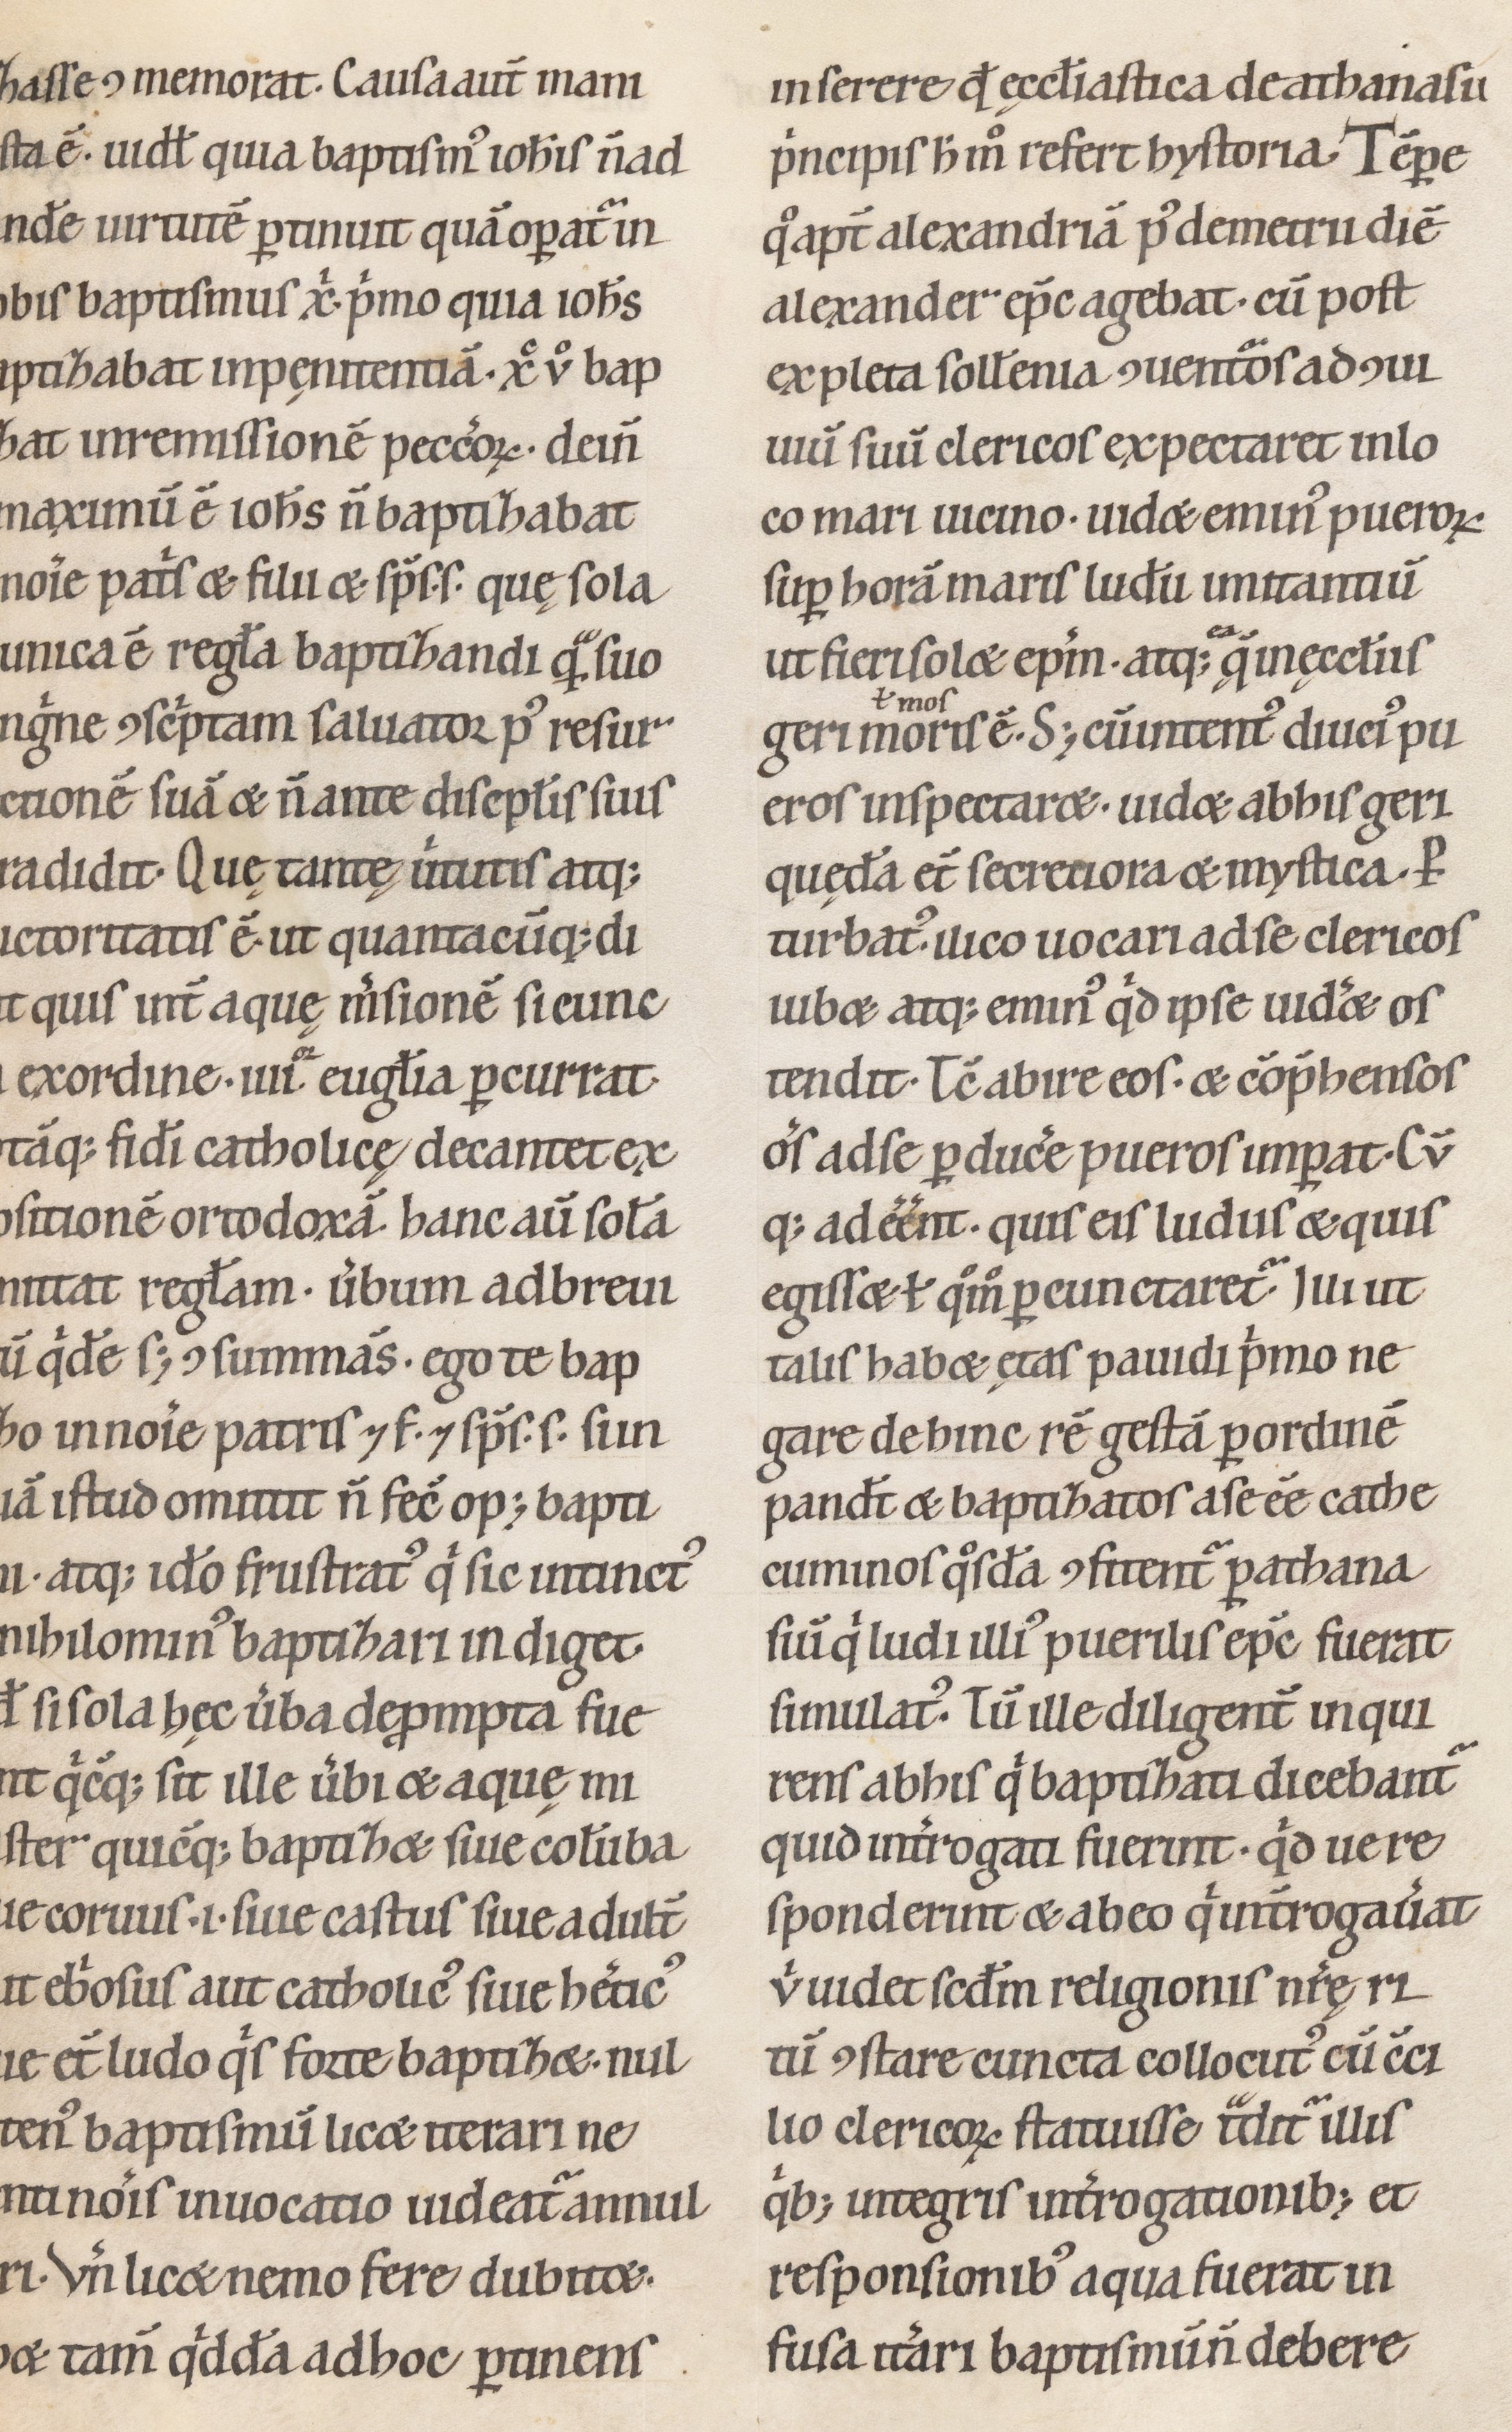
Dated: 1100–1199